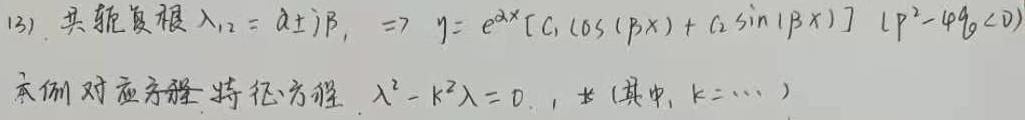
(13). 共轭复根$\lambda_{1,2}=\alpha\pm i\beta,\Rightarrow y = e^{\alpha x}[C_1\cos(\beta x)+C_2\sin(\beta x)]\ (\ p^2 - 4q<0)$

本例对应方程特征方程$\lambda^2 - k^2\lambda = 0$,  （其中, $k = \cdots$ ）